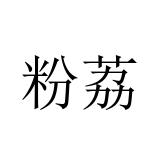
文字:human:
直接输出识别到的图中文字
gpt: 粉荔